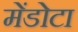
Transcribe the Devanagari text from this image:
मेंडोटा